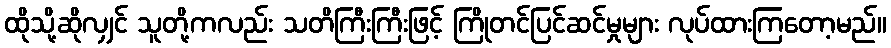
ထိုသို့ဆိုလျှင် သူတို့ကလည်း သတိကြီးကြီးဖြင့် ကြိုတင်ပြင်ဆင်မှုများ လုပ်ထားကြတော့မည်။